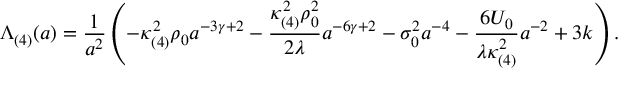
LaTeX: \Lambda _ { ( 4 ) } ( a ) = \frac { 1 } { a ^ { 2 } } \left( - \kappa _ { ( 4 ) } ^ { 2 } \rho _ { 0 } a ^ { - 3 \gamma + 2 } - \frac { \kappa _ { ( 4 ) } ^ { 2 } \rho _ { 0 } ^ { 2 } } { 2 \lambda } a ^ { - 6 \gamma + 2 } - \sigma _ { 0 } ^ { 2 } a ^ { - 4 } - \frac { 6 { \cal U } _ { 0 } } { \lambda \kappa _ { ( 4 ) } ^ { 2 } } a ^ { - 2 } + 3 k \right) .